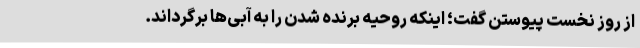
از روز نخست پیوستن گفت؛ اینکه روحیه برنده شدن را به آبی‌ها برگرداند.